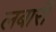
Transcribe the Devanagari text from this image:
लबारी